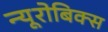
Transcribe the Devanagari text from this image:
न्यूरोबिक्स